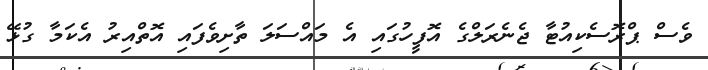
ވެސް ޕްރޮސެކިއުޓާ ޖެނެރަލްގެ އޮފީހުގައި އެ މައްސަލަ ތާށިވެފައި އޮތްއިރު އެކަމާ ގުޅޭ